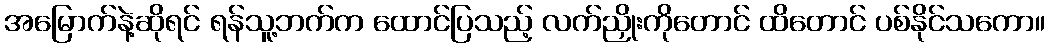
အမြောက်နဲ့ဆိုရင် ရန်သူ့ဘက်က ထောင်ပြသည့် လက်ညှိုးကိုတောင် ထိတောင် ပစ်နိုင်သကော။